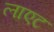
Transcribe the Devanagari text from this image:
लाएट